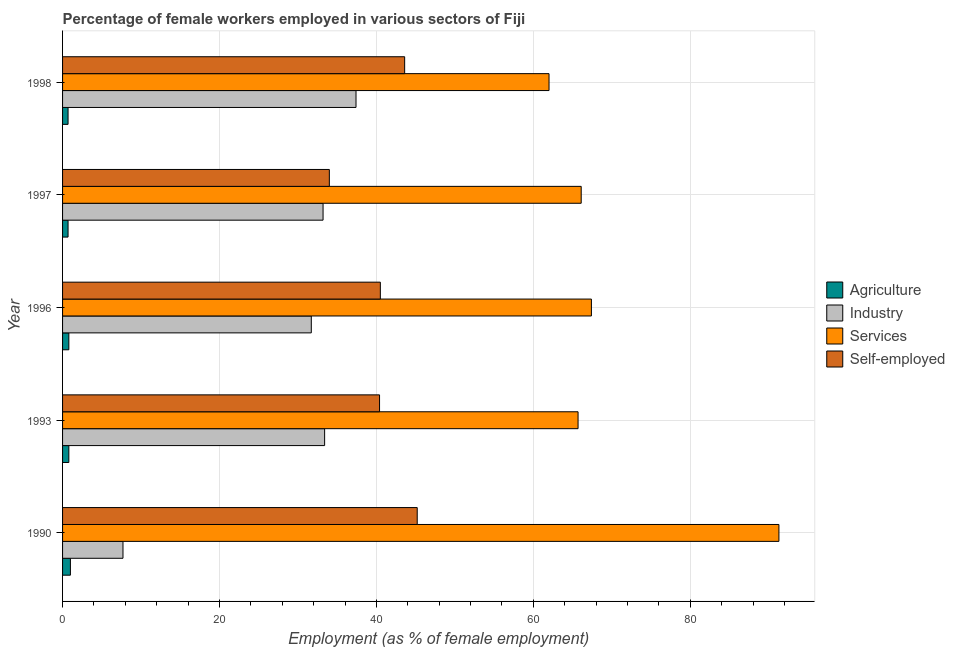
| Year | Agriculture | Industry | Services | Self-employed |
 | --- | --- | --- | --- | --- |
 | 1990 | 1 | 7.7 | 91.3 | 45.2 |
 | 1993 | 0.8 | 33.4 | 65.7 | 40.4 |
 | 1996 | 0.8 | 31.7 | 67.4 | 40.5 |
 | 1997 | 0.7 | 33.2 | 66.1 | 34 |
 | 1998 | 0.7 | 37.4 | 62 | 43.6 |